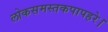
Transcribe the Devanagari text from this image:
लोकसमस्तकपापहरे।